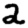
Digit: 2